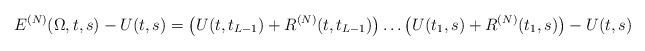
LaTeX: \begin{align*}E^{(N)}(\Omega,t,s)-U(t,s)=\big(U(t,t_{L-1})+R^{(N)}(t,t_{L-1})\big)\ldots \big(U(t_1,s)+R^{(N)}(t_1,s)\big)-U(t,s)\end{align*}